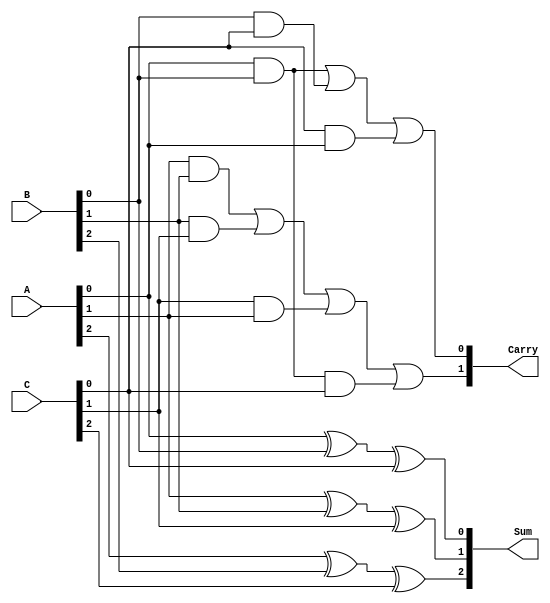
module CarrySaveAdder (
    input  [2:0] A,  // 3-bit input A
    input  [2:0] B,  // 3-bit input B
    input  [2:0] C,  // 3-bit input C
    output [2:0] Sum, // 3-bit output Sum
    output [1:0] Carry // 2-bit output Carry
);

    // Sum calculation using XOR
    assign Sum[0] = A[0] ^ B[0] ^ C[0];
    assign Sum[1] = A[1] ^ B[1] ^ C[1];
    assign Sum[2] = A[2] ^ B[2] ^ C[2];

    // Carry calculation using AND and OR
    assign Carry[0] = (A[0] & B[0]) | (B[0] & C[0]) | (C[0] & A[0]);
    assign Carry[1] = (A[1] & B[1]) | (B[1] & C[1]) | (C[1] & A[1]) | (A[0] & B[0] & C[0]);

endmodule